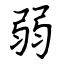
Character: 弱